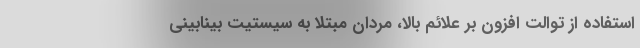
استفاده از توالت افزون بر علائم بالا، مردان مبتلا به سیستیت بینابینی